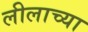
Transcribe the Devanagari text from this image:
लीलाच्या